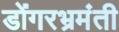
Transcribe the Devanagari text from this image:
डोंगरभ्रमंती